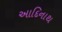
આદિનાથ